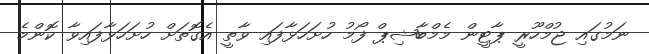
ނަމުގައި ޖުމްހޫރީ ޕާޓީން މެމްބާޝިޕް ފޯމު ހުށަހަޅާފައި ވާތީ އެގޮތަށް ހުށަހަޅާފައިވާ ކޮންމެ